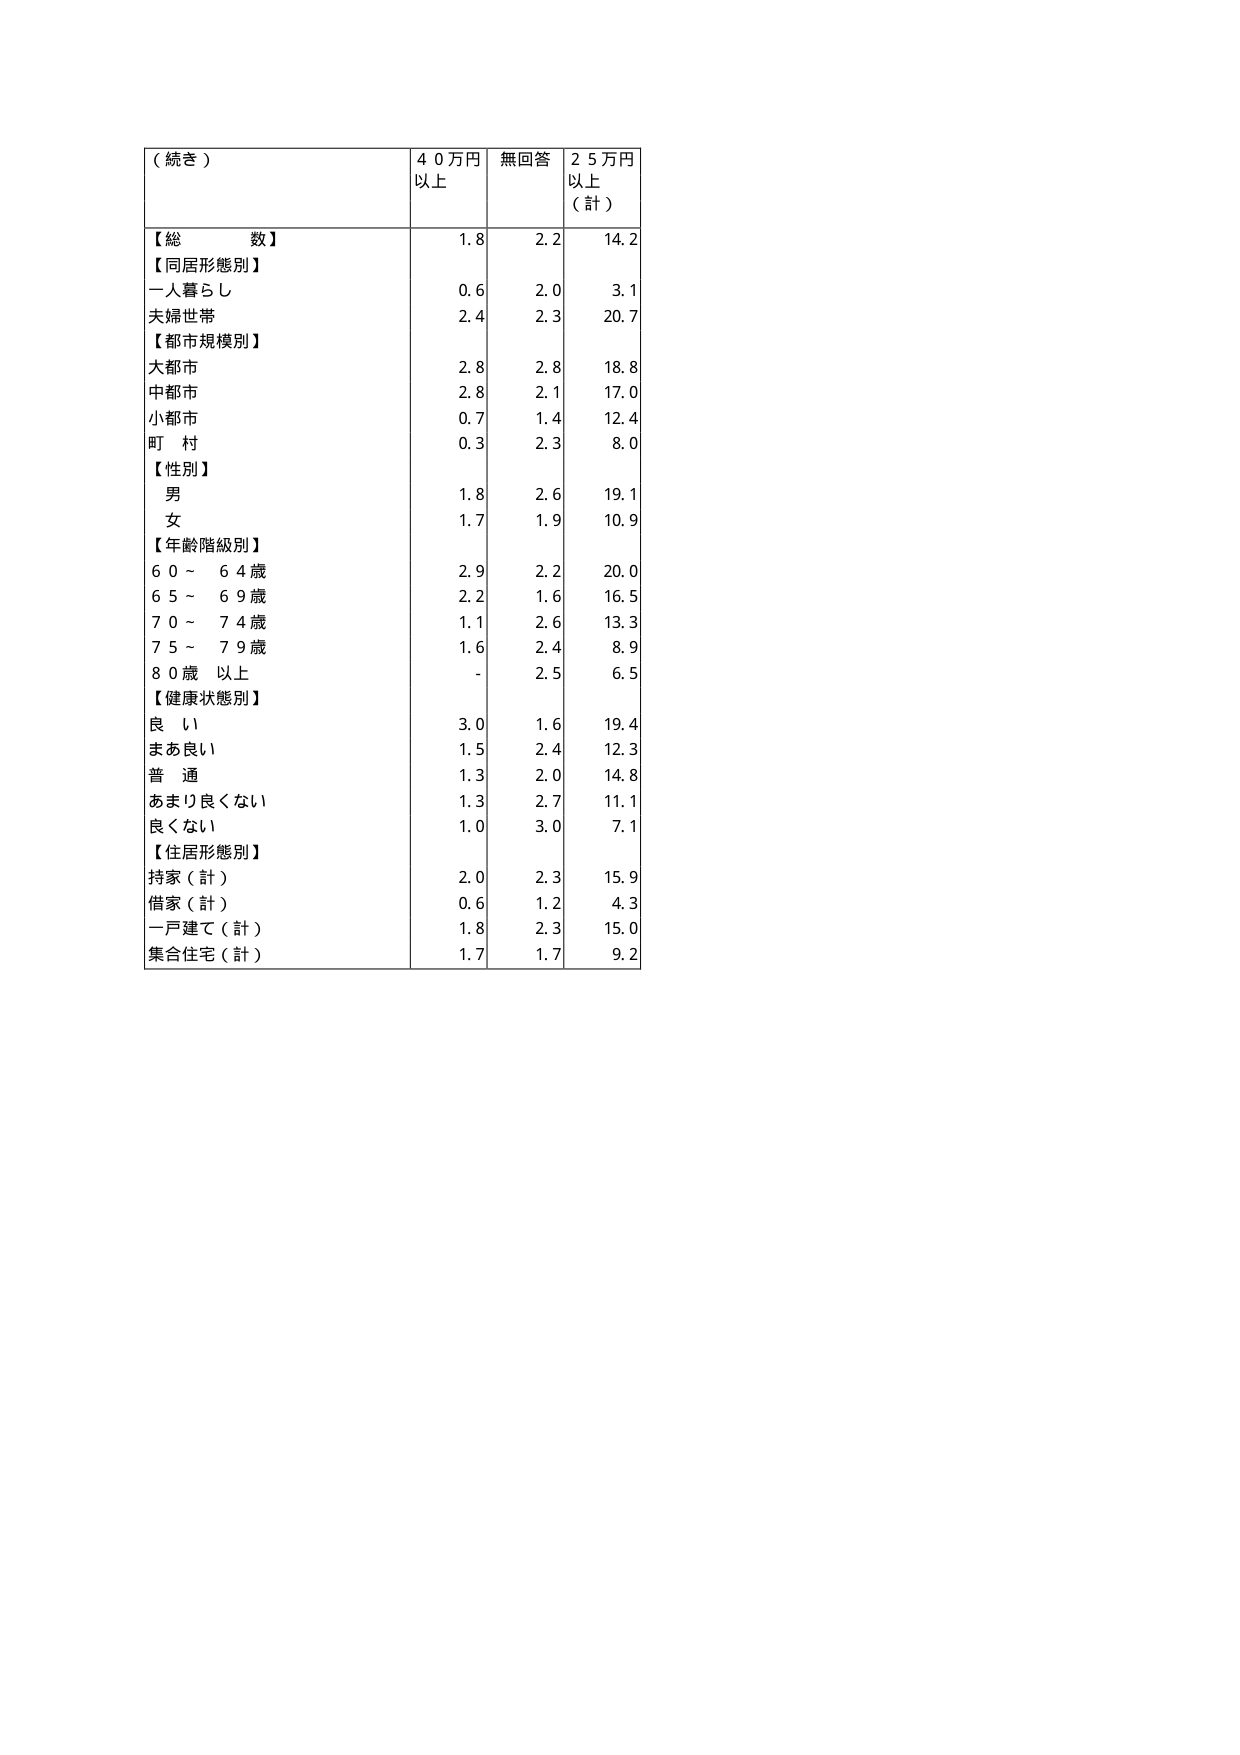
（続き）
【総数】
【同居形態別】
一人暮らし
夫婦世帯
【都市規模別】
大都市
中都市
小都市
町村
【性別】
男
女
【年齢階級別】
60～64歳
65～69歳
70～74歳
75～79歳
80歳以上
【健康状態別】
良い
まあ良い
普通
あまり良くない
良くない
【住居形態別】
持家（計）
借家（計）
一戸建て（計）
集合住宅（計）
40万円以上
1.8
0.6
2.4
2.8
2.8
0.7
0.3
1.8
1.7
2.9
2.2
1.1
1.6
-
3.0
1.5
1.3
1.3
1.0
2.0
0.6
1.8
1.7
無回答
2.2
2.0
2.3
2.8
2.1
1.4
2.3
2.6
1.9
2.2
1.6
2.6
2.4
2.5
1.6
2.4
2.0
2.7
3.0
2.3
1.2
2.3
1.7
25万円以上（計）
14.2
3.1
20.7
18.8
17.0
12.4
8.0
19.1
10.9
20.0
16.5
13.3
8.9
6.5
19.4
12.3
14.8
11.1
7.1
15.9
4.3
15.0
9.2